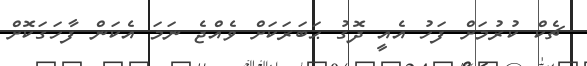
ޗެކް ކުރުމަށް ފަހު އެއީ ދޮގު ޙަބަރަކަށް ވެއްޖެ ނަމަ އެކަން ފާހަގަކޮށް